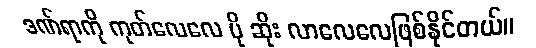
ဒဏ်ရာကို ကုတ်လေလေ ပို ဆိုး လာလေလေဖြစ်နိုင်တယ်။